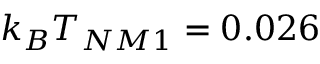
k _ { B } T _ { N M 1 } = 0 . 0 2 6